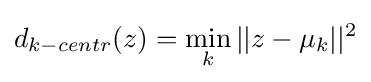
d_{k-centr}(z)=\min _{k}||z-\mu _{k}||^{2}